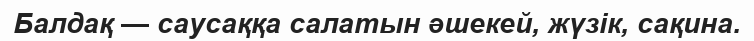
Балдақ — саусаққа салатын әшекей, жүзік, сақина.